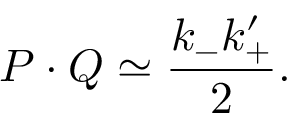
P \cdot Q \simeq \frac { k _ { - } k _ { + } ^ { \prime } } { 2 } .